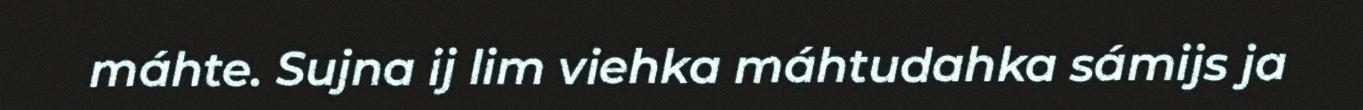
máhte. Sujna ij lim viehka máhtudahka sámijs ja